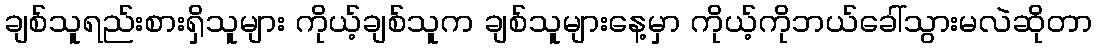
ချစ်သူရည်းစားရှိသူများ ကိုယ့်ချစ်သူက ချစ်သူများနေ့မှာ ကိုယ့်ကိုဘယ်ခေါ်သွားမလဲဆိုတာ